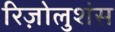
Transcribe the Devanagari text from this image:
रिज़ोलुशंस